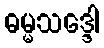
ဓမ္မသဒ္ဒေါ